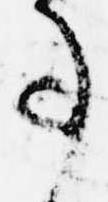
事